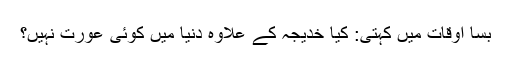
بسا اوقات میں کہتی: کیا خدیجہ کے علاوہ دنیا میں کوئی عورت نہیں؟